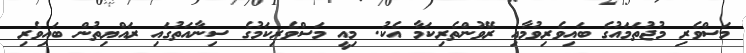
މަސްވެރި މުޖުތަމައުގެ ބައިވެރިވުމާއި ރޭވުންތެރިކަމާ އެކު. މިއީ މަސްވެރިކަމުގެ ސިނާއަތުގައި ރައްޔިތުން ބައިވެރި